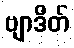
ဗျာဒိတ်